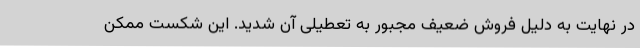
در نهایت به دلیل فروش ضعیف مجبور به تعطیلی آن شدید. این شکست ممکن